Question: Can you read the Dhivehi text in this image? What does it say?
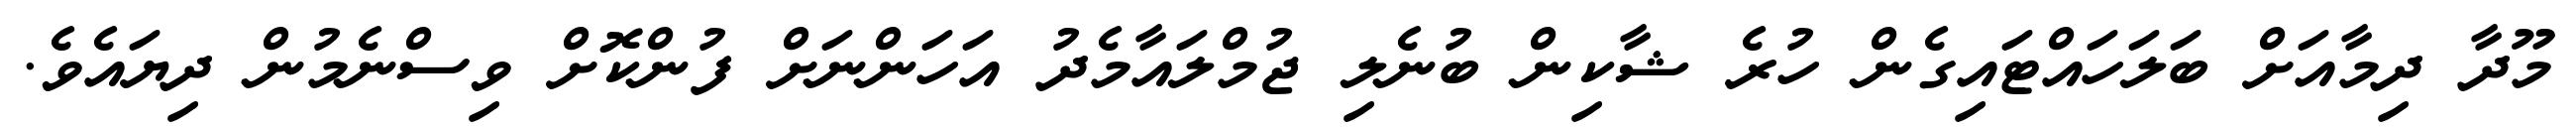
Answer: މޫދާ ދިމާއަށް ބަލަހައްޓައިގެން ހުރެ ޝާކިން ބުނެލި ޖުމްލައާމެދު އަހަންނަށް ފުންކޮށް ވިސްނެމުން ދިޔައެވެ.